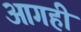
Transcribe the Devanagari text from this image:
आगही